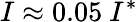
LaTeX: I\approx 0.05\ I^{*}